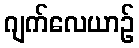
ဂျက်လေယာဉ်